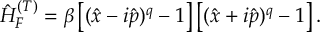
\begin{array} { r } { \hat { H } _ { F } ^ { ( T ) } = \beta \left[ ( \hat { x } - i \hat { p } ) ^ { q } - 1 \right] \left[ ( \hat { x } + i \hat { p } ) ^ { q } - 1 \right] . } \end{array}